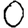
Digit: 0